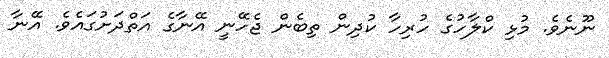
ނޫނެވެ. މުޅި ކްލާހުގެ ހުރިހާ ކުދިން ތިބެން ޖެހޭނީ އޭނާގެ އަތްދަށުގައެވެ. އޭނާ